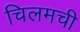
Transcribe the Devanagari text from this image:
चिलमची